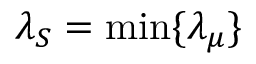
\lambda _ { S } = \operatorname* { m i n } \{ \lambda _ { \mu } \}